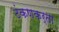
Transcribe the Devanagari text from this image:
टंकणकर्ता